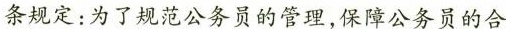
条规定：为了规范公务员的管理，保障公务员的合